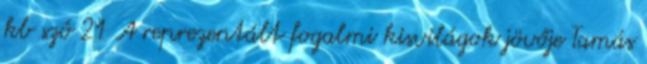
kb szó 21 A reprezentált fogalmi kisvilágok jövője Tamás